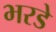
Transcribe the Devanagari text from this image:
भरडे